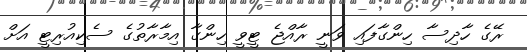
ރޭގެ ހާދިސާ ހިންގާފައި ވަނީ ރާއްޖެ ޓީވީ ހިންގާ އިމާރާތުގެ ސެކިއުރިޓީ އަށް